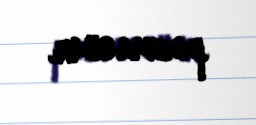
pozmasıdır.